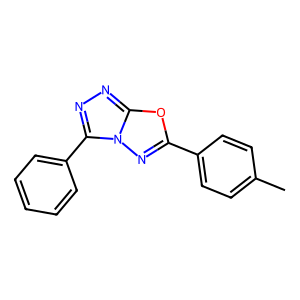
SMILES: Cc1ccc(-c2nn3c(-c4ccccc4)nnc3o2)cc1
Inhibits HIV replication: No